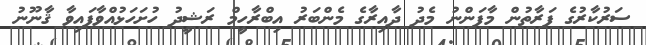
ސަރުކާރުގެ ފަރާތުން މާފަންނު މެދު ދާއިރާގެ މެންބަރު އިބްރާހީމް ރަޝީދު ހުށަހަޅުއްވާފައިވާ ޤާނޫނު